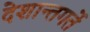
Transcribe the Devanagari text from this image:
देशान्तगर्ते